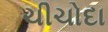
ચીચોદા